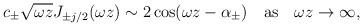
LaTeX: \begin{align*}c_\pm\sqrt{\omega z} J_{\pm j/2} (\omega z) \sim 2\cos (\omega z - \alpha_{\pm}) \textrm{\quad as\quad} \omega z \to \infty,\end{align*}